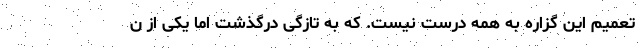
تعمیم این گزاره به همه درست نیست. که به تازگی درگذشت اما یکی از ن